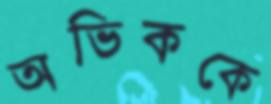
অভিককে